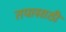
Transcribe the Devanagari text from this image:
तपासाठी